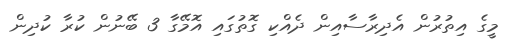
މީގެ އިތުރުން އެދިރާސާއިން ދެއްކި ގޮތުގައި އޮމޭގާ 3 ބޭނުން ކުރާ ކުދިން